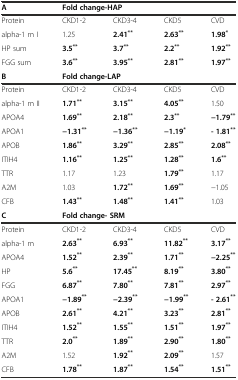
<table><thead><tr><td><b>A</b></td><td colspan="2"><b>Fold change-HAP</b></td><td></td><td></td></tr></thead><tbody><tr><td>Protein</td><td>CKD1-2</td><td>CKD3-4</td><td>CKD5</td><td>CVD</td></tr><tr><td>alpha-1 m I</td><td>1.25</td><td><b>2.41</b><sup><b>**</b></sup></td><td><b>2.63</b><sup><b>**</b></sup></td><td><b>1.98</b><sup><b>*</b></sup></td></tr><tr><td>HP sum</td><td><b>3.5</b><sup><b>**</b></sup></td><td><b>3.7</b><sup><b>**</b></sup></td><td><b>2.2</b><sup><b>**</b></sup></td><td><b>1.92</b><sup><b>**</b></sup></td></tr><tr><td>FGG sum</td><td><b>3.6</b><sup><b>**</b></sup></td><td><b>3.95</b><sup><b>**</b></sup></td><td><b>2.81</b><sup><b>**</b></sup></td><td><b>1.97</b><sup><b>**</b></sup></td></tr><tr><td><b>B</b></td><td colspan="2"><b>Fold change-LAP</b></td><td></td><td></td></tr><tr><td>Protein</td><td>CKD1-2</td><td>CKD3-4</td><td>CKD5</td><td>CVD</td></tr><tr><td>alpha-1 m II</td><td><b>1.71</b><sup><b>**</b></sup></td><td><b>3.15</b><sup><b>**</b></sup></td><td><b>4.05</b><sup><b>**</b></sup></td><td>1.50</td></tr><tr><td>APOA4</td><td><b>1.69</b><sup><b>**</b></sup></td><td><b>2.18</b><sup><b>**</b></sup></td><td><b>2.3</b><sup><b>**</b></sup></td><td><b>−1.79</b><sup><b>**</b></sup></td></tr><tr><td>APOA1</td><td><b>−1.31</b><sup><b>**</b></sup></td><td><b>−1.36</b><sup><b>**</b></sup></td><td><b>−1.19</b><sup><b>*</b></sup></td><td><b>- 1.81</b><sup><b>**</b></sup></td></tr><tr><td>APOB</td><td><b>1.86</b><sup><b>**</b></sup></td><td><b>3.29</b><sup><b>**</b></sup></td><td><b>2.85</b><sup><b>**</b></sup></td><td><b>2.08</b><sup><b>**</b></sup></td></tr><tr><td>ITIH4</td><td><b>1.16</b><sup><b>**</b></sup></td><td><b>1.25</b><sup><b>**</b></sup></td><td><b>1.28</b><sup><b>**</b></sup></td><td><b>1.6</b><sup><b>**</b></sup></td></tr><tr><td>TTR</td><td>1.17</td><td>1.23</td><td><b>1.79</b><sup><b>**</b></sup></td><td>1.17</td></tr><tr><td>A2M</td><td>1.03</td><td><b>1.72</b><sup><b>**</b></sup></td><td><b>1.69</b><sup><b>**</b></sup></td><td>−1.05</td></tr><tr><td>CFB</td><td><b>1.43</b><sup><b>**</b></sup></td><td><b>1.48</b><sup><b>**</b></sup></td><td><b>1.41</b><sup><b>**</b></sup></td><td>1.03</td></tr><tr><td><b>C</b></td><td colspan="2"><b>Fold change- SRM</b></td><td></td><td></td></tr><tr><td>Protein</td><td>CKD1-2</td><td>CKD3-4</td><td>CKD5</td><td>CVD</td></tr><tr><td>alpha-1 m</td><td><b>2.63</b><sup><b>**</b></sup></td><td><b>6.93</b><sup><b>**</b></sup></td><td><b>11.82</b><sup><b>**</b></sup></td><td><b>3.17</b><sup><b>**</b></sup></td></tr><tr><td>APOA4</td><td><b>1.52</b><sup><b>**</b></sup></td><td><b>2.39</b><sup><b>**</b></sup></td><td><b>1.71</b><sup><b>**</b></sup></td><td><b>−2.25</b><sup><b>**</b></sup></td></tr><tr><td>HP</td><td><b>5.6</b><sup><b>**</b></sup></td><td><b>17.45</b><sup><b>**</b></sup></td><td><b>8.19</b><sup><b>**</b></sup></td><td><b>3.80</b><sup><b>**</b></sup></td></tr><tr><td>FGG</td><td><b>6.87</b><sup><b>**</b></sup></td><td><b>7.80</b><sup><b>**</b></sup></td><td><b>7.81</b><sup><b>**</b></sup></td><td><b>2.97</b><sup><b>**</b></sup></td></tr><tr><td>APOA1</td><td><b>−1.89</b><sup><b>**</b></sup></td><td><b>−2.39</b><sup><b>**</b></sup></td><td><b>−1.99</b><sup><b>**</b></sup></td><td><b>- 2.61</b><sup><b>**</b></sup></td></tr><tr><td>APOB</td><td><b>2.61</b><sup><b>**</b></sup></td><td><b>4.21</b><sup><b>**</b></sup></td><td><b>3.23</b><sup><b>**</b></sup></td><td><b>2.81</b><sup><b>**</b></sup></td></tr><tr><td>ITIH4</td><td><b>1.52</b><sup><b>**</b></sup></td><td><b>1.55</b><sup><b>**</b></sup></td><td><b>1.51</b><sup><b>**</b></sup></td><td><b>1.97</b><sup><b>**</b></sup></td></tr><tr><td>TTR</td><td><b>2.0</b><sup><b>**</b></sup></td><td><b>1.89</b><sup><b>**</b></sup></td><td><b>2.90</b><sup><b>**</b></sup></td><td><b>1.80</b><sup><b>**</b></sup></td></tr><tr><td>A2M</td><td>1.52</td><td><b>1.92</b><sup><b>**</b></sup></td><td><b>2.09</b><sup><b>**</b></sup></td><td>1.57</td></tr><tr><td>CFB</td><td><b>1.78</b><sup><b>**</b></sup></td><td><b>1.87</b><sup><b>**</b></sup></td><td><b>1.54</b><sup><b>**</b></sup></td><td><b>1.51</b><sup><b>**</b></sup></td></tr></tbody></table>